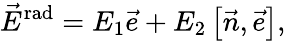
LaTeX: \vec{E}^{\mathrm{rad}}=E_{1}\vec{e}+E_{2}\left[\vec{n},\vec{e}\right],